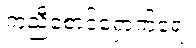
ကူညီစောင့်ရှောက်ရေး